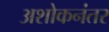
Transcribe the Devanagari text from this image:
अशोकनंतर